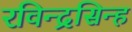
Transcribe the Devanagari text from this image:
रविन्द्रसिन्ह